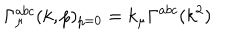
\Gamma _ { \mu } ^ { a b c } ( k , p ) _ { p = 0 } = k _ { \mu } \Gamma ^ { a b c } ( k ^ { 2 } )